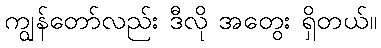
ကျွန်တော်လည်း ဒီလို အတွေး ရှိတယ်။